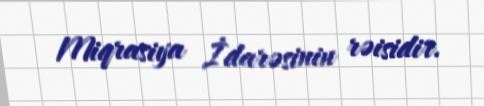
Miqrasiya İdarəsinin rəisidir.